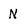
Character: N